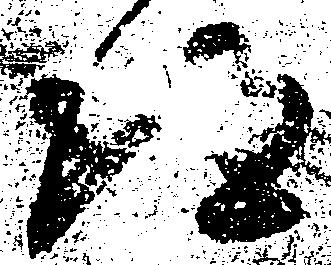
得